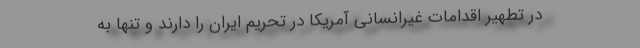
در تطهیر اقدامات غیرانسانی آمریکا در تحریم ایران را دارند و تنها به